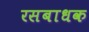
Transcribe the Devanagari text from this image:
रसबाधक